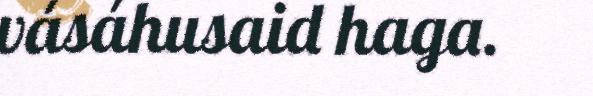
vásáhusaid haga.